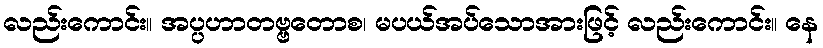
လည်းကောင်း။ အပ္ပဟာတဗ္ဗတောစ၊ မပယ်အပ်သောအားဖြင့် လည်းကောင်း။ နေ